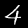
Digit: 4